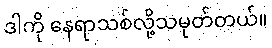
ဒါကို နေရာသစ်လို့သမုတ်တယ်။